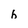
Character: h